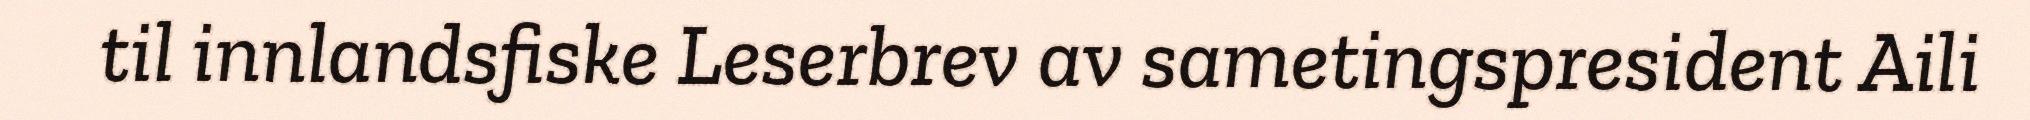
til innlandsfiske Leserbrev av sametingspresident Aili